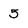
Character: 5